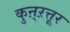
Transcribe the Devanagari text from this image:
कुऩ्ऱत्तूर